Annual statistical returns and brief notes on vaccination in Bengal - 1896-1909
Year: 1896
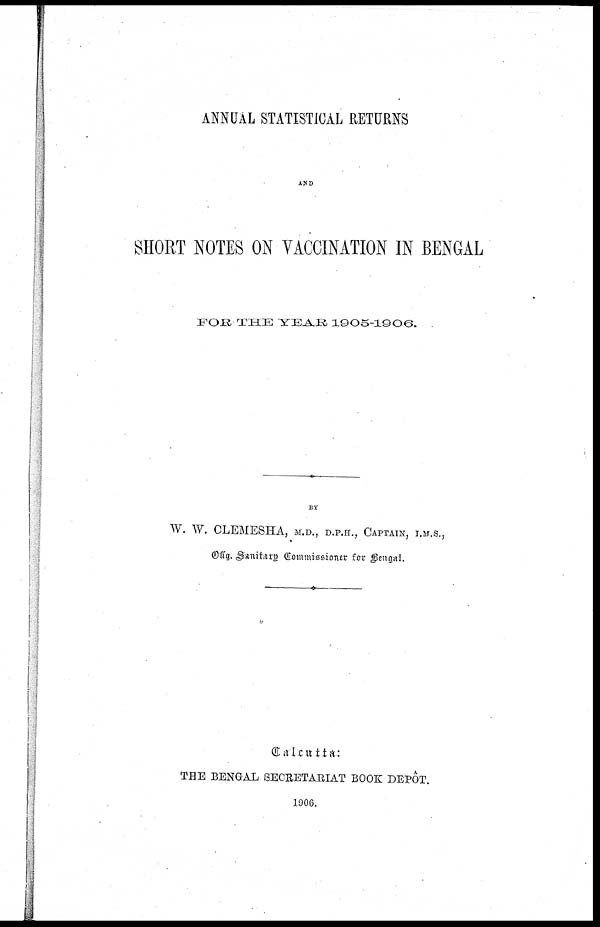
ANNUAL STATISTICAL RETURNS
AND
SHORT NOTES ON VACCINATION IN BENGAL
FOR THE YEAR 1905-1906.
BY
W. W. CLEMESHA, M.D., D.P.H., CAPTAIN, I.M.S.,
Offg. Sanitary Commissioner for Bengal.
Calcutta:
THE BENGAL SECRETARIAT BOOK DEPÔT.
1906.